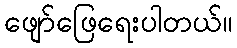
ဖျော်ဖြေရေးပါတယ်။